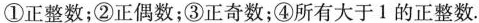
①正整数；②正偶数；③正奇数；④所有大于1的正整数.